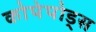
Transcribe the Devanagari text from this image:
कोपेपोड्स